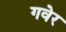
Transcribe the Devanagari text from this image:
गवेर